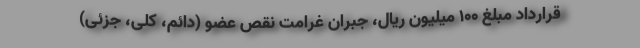
قرارداد مبلغ ۱۰۰ میلیون ریال، جبران غرامت نقص عضو (دائم، کلی، جزئی)